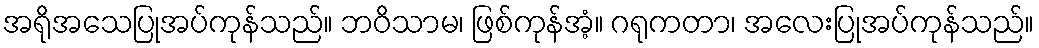
အရိုအသေပြုအပ်ကုန်သည်။ ဘဝိသာမ၊ ဖြစ်ကုန်အံ့။ ဂရုကတာ၊ အလေးပြုအပ်ကုန်သည်။